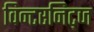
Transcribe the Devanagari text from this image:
विन्टरनिट्ज